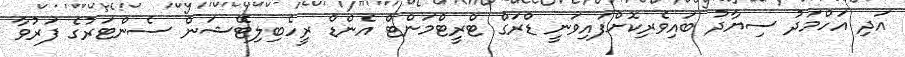
އަދި އަހްމަދު ސިޔާދު ބައިވެރިކޮށްފައިވަނީ ޑްރަގް ޓްރީޓްމަންޓް އެންޑް ރީހެބިލިޓޭޝަން ސެންޓަރުގެ ފަރުވާ